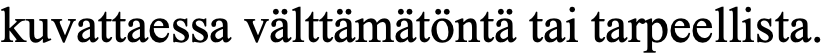
kuvattaessa välttämätöntä tai tarpeellista.